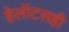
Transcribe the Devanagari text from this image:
हेलॉटसही